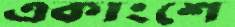
একাংশে